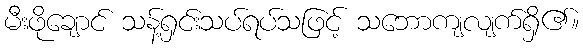
မီးဖိုချောင် သန့်ရှင်းသပ်ရပ်သဖြင့် သဘောကျလျက်ရှိ၏။